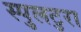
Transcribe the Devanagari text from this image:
स्पुलटुरा